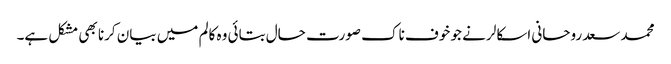
محمد سعد روحانی اسکالر نے جو خوف ناک صورت حال بتائی وہ کالم میں بیان کرنا بھی مشکل ہے۔